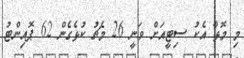
މި މޮޅާ އެކު ސިޓީއަށް ވަނީ 26 މެޗު ކުޅެގެން 62 ޕޮއިންޓު